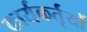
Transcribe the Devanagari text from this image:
कार्यकर्तृयों